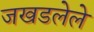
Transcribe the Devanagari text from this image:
जखडलेले